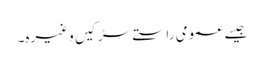
جیسے عمومی راستے سڑکیں وغیرہ۔